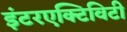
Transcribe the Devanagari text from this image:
इंटरएक्टिविटी